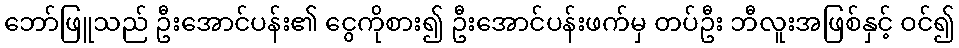
ဘော်ဖြူသည် ဦးအောင်ပန်း၏ ငွေကိုစား၍ ဦးအောင်ပန်းဖက်မှ တပ်ဦး ဘီလူးအဖြစ်နှင့် ဝင်၍